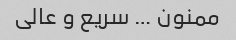
ممنون … سریع و عالی